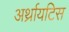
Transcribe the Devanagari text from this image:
अर्थ्रायटिस